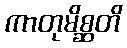
ကာတုမိစ္ဆတိ